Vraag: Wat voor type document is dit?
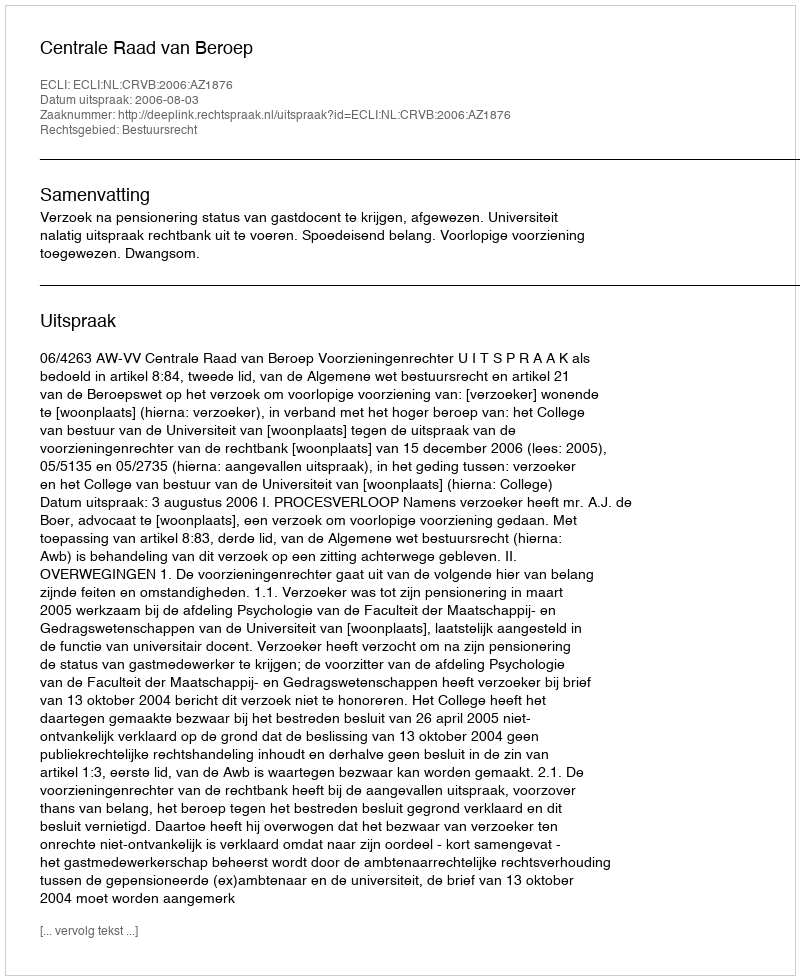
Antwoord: Uitspraak